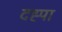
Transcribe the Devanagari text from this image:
दह्पा